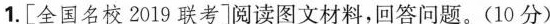
1.[全国名校2019联考]阅读图文材料，回答问题。(10分)